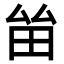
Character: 𤱊